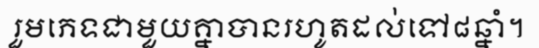
រួមភេទជាមួយគ្នាបានរហូតដល់ទៅ៨ឆ្នាំ។